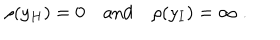
LaTeX: \rho ( y _ { H } ) = 0 \quad \textrm { a n d } \quad \rho ( y _ { I } ) = \infty \; .